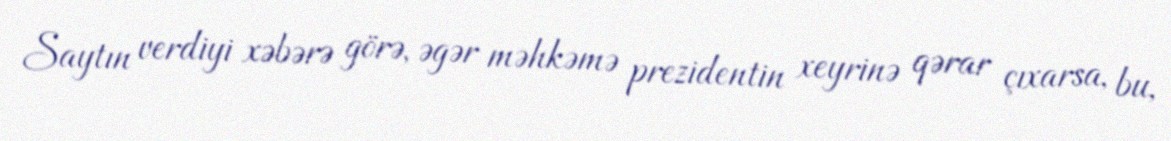
Saytın verdiyi xəbərə görə, əgər məhkəmə prezidentin xeyrinə qərar çıxarsa, bu,